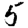
Digit: 5